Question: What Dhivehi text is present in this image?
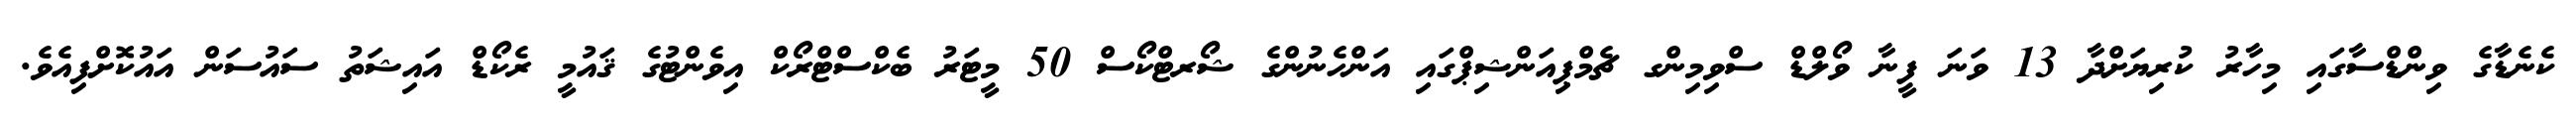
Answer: ކެނެޑާގެ ވިންޑްސާގައި މިހާރު ކުރިޔަށްދާ 13 ވަނަ ފީނާ ވޯލްޑް ސްވިމިންގ ޗެމްޕިއަންޝިޕްގައި އަންހެނުންގެ ޝޯރޓްކޯސް 50 މީޓަރު ބެކްސްޓްރޯކް އިވެންޓުގެ ޤައުމީ ރެކޯޑް އައިޝަތު ސައުސަން އައުކޮށްފިއެވެ.